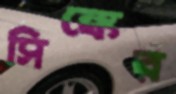
সিঙ্কের